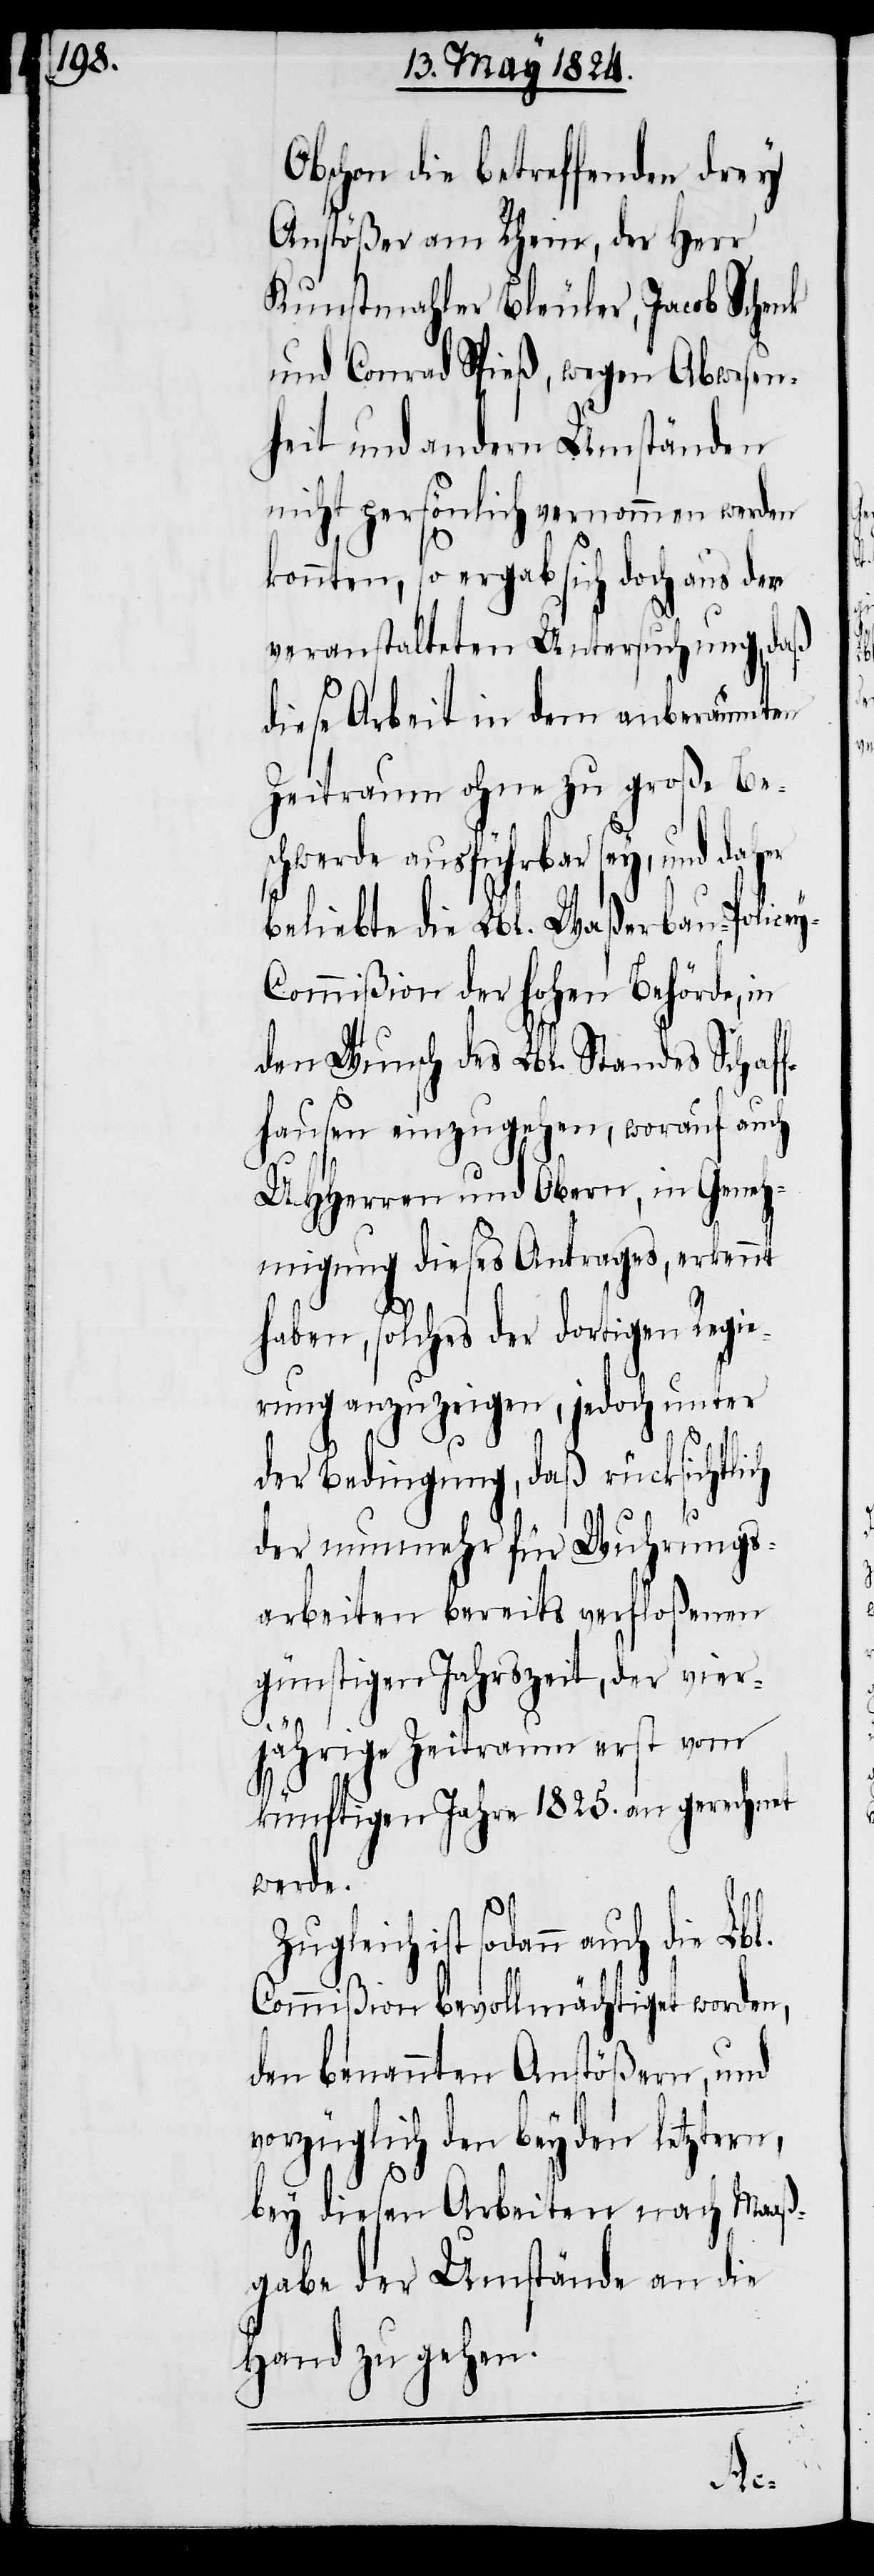
Obschon die betreffenden drey
Anstößer am Rhein, der Herr
Kunstmahler Bleuler, Jacob Schenk
und Conrad Spieß, wegen Abwesen¬
heit und andern Umständen
nicht persönlich vernommen werden
konnten, so ergab sich doch aus der
veranstalteten Untersuchung, daß
diese Arbeit in dem anberaumten
Zeitraum ohne zu große Be¬
schwerde ausführbar sey, und daher
beliebte die Lbl. Waßerbau-Police¬
y-Commißion der hohen Behörde, in
den Wunsch des Lbl. Standes Schaff¬
hausen einzugehen, worauf auch
UHHerren und Obern, in Geneh¬
migung dieses Antrages, erkennt
haben, solches der dortigen Regie¬
rung anzuzeigen, jedoch unter
der Bedingung, daß rücksichtlich
der nunmehr für Wuhrungs¬
arbeiten bereits verfloßenen
günstigen Jahrszeit, der vier¬
jährige Zeitraum erst vom
künftigen Jahre 1825. an gerechnet
werde.
ist sodann auch die Lbl.
Commißion bevollmächtiget worden,
den benannten Anstößern, und
vorzüglich den beyden letztern,
bey diesen Arbeiten nach Maaß¬
gabe der Umstände an die
Hand zu gehen.